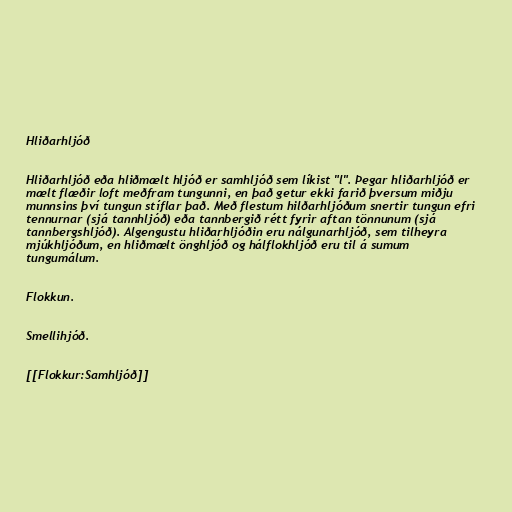
Hliðarhljóð

Hliðarhljóð eða hliðmælt hljóð er samhljóð sem líkist "l". Þegar hliðarhljóð er
mælt flæðir loft meðfram tungunni, en það getur ekki farið þversum miðju
munnsins því tungun stíflar það. Með flestum hilðarhljóðum snertir tungun efri
tennurnar (sjá tannhljóð) eða tannbergið rétt fyrir aftan tönnunum (sjá
tannbergshljóð). Algengustu hliðarhljóðin eru nálgunarhljóð, sem tilheyra
mjúkhljóðum, en hliðmælt önghljóð og hálflokhljóð eru til á sumum
tungumálum.

Flokkun.

Smellihjóð.

[[Flokkur:Samhljóð]]